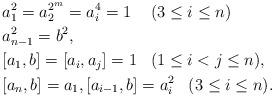
LaTeX: \begin{align*}&a_1^2=a_2^{2^m}=a_i^4=1 \hskip5mm (3\leq i\leq n)\\ & a_{n-1}^2=b^2,\\& [a_1,b]=[a_i,a_j]=1 \;\;\;(1\leq i<j\leq n),\\& [a_n,b]=a_1, [a_{i-1},b]=a_i^2 \;\;\;(3\leq i\leq n).\end{align*}